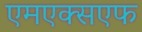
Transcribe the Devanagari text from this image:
एमएक्सएफ